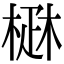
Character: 𤴜